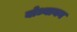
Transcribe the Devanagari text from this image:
बोध्यायन